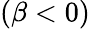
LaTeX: \left(\beta<0\right)